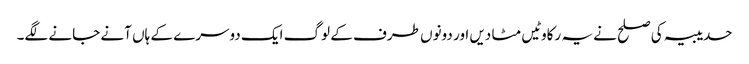
حدیبیہ کی صلح نے یہ رکاوٹیں مٹا دیں اور دونوں طرف کے لوگ ایک دوسرے کے ہاں آنے جانے لگے۔